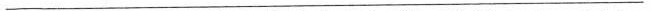
___